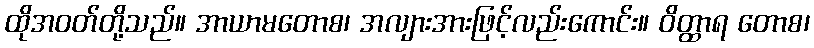
ထိုအဝတ်တို့သည်။ အာယာမတောစ၊ အလျားအားဖြင့်လည်းကောင်း။ ဝိတ္ထာရ တောစ၊